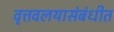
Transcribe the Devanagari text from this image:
वृत्तवलयासंबंधीत